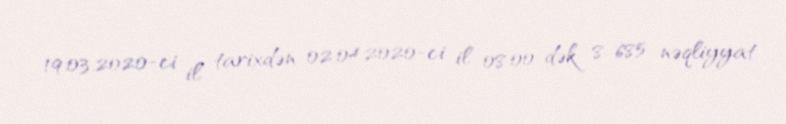
19.03.2020-ci il tarixdən 02.04.2020-ci il 08:00-dək 8 685 nəqliyyat